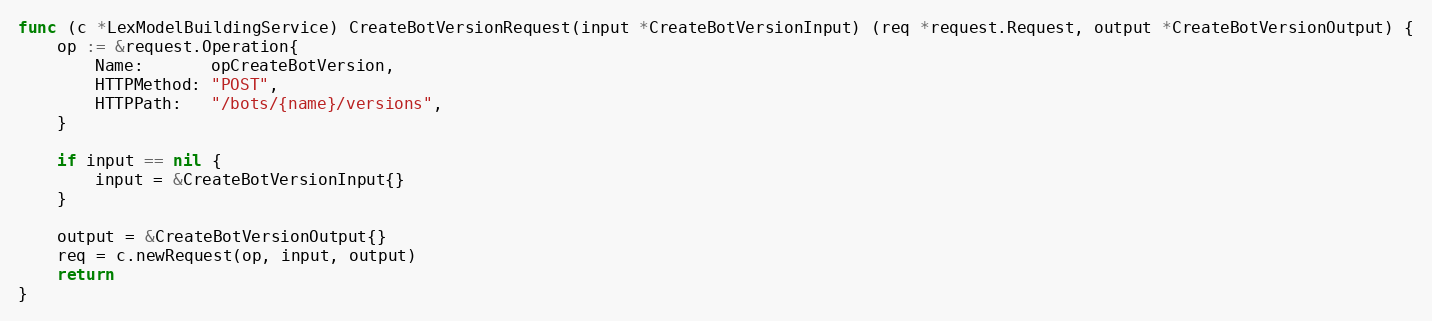
Language: Go
func (c *LexModelBuildingService) CreateBotVersionRequest(input *CreateBotVersionInput) (req *request.Request, output *CreateBotVersionOutput) {
	op := &request.Operation{
		Name:       opCreateBotVersion,
		HTTPMethod: "POST",
		HTTPPath:   "/bots/{name}/versions",
	}

	if input == nil {
		input = &CreateBotVersionInput{}
	}

	output = &CreateBotVersionOutput{}
	req = c.newRequest(op, input, output)
	return
}